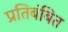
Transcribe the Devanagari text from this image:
प्रतिबंबित